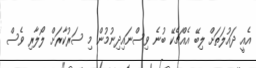
އެއީ ދައުލަތަށް ލިބޭ އެއްޗެކޭ ބުނެ ވިސްނައިދިނުމުން މި ސަރުކާރަށް ލޯލާރި ވެސް